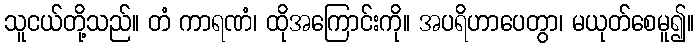
သူငယ်တို့သည်။ တံ ကာရဏံ၊ ထိုအကြောင်းကို။ အပရိဟာပေတွာ၊ မယုတ်စေမူ၍။